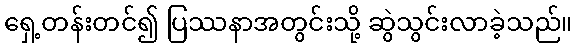
ရှေ့တန်းတင်၍ ပြဿနာအတွင်းသို့ ဆွဲသွင်းလာခဲ့သည်။